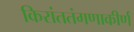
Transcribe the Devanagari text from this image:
किरांततंगणाकीर्ण